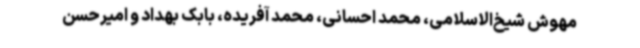
مهوش شیخ‌الاسلامی، محمد احسانی، محمد آفریده، بابک بهداد و امیرحسن